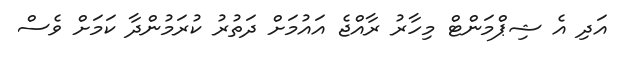
އަދި އެ ޝިޕްމަންޓް މިހާރު ރާއްޖެ އައުމަށް ދަތުރު ކުރަމުންދާ ކަމަށް ވެސް